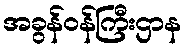
အခွန်ဝန်ကြီးဌာန